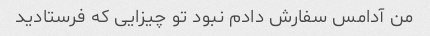
من آدامس سفارش دادم نبود تو چیزایی که فرستادید